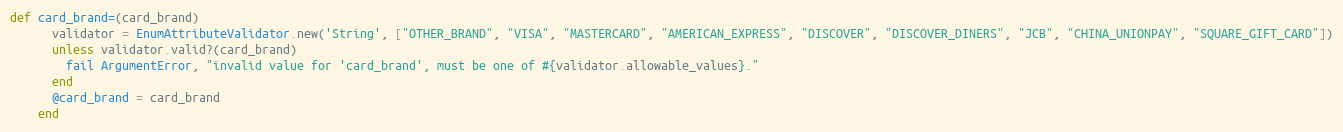
Language: Ruby
def card_brand=(card_brand)
      validator = EnumAttributeValidator.new('String', ["OTHER_BRAND", "VISA", "MASTERCARD", "AMERICAN_EXPRESS", "DISCOVER", "DISCOVER_DINERS", "JCB", "CHINA_UNIONPAY", "SQUARE_GIFT_CARD"])
      unless validator.valid?(card_brand)
        fail ArgumentError, "invalid value for 'card_brand', must be one of #{validator.allowable_values}."
      end
      @card_brand = card_brand
    end